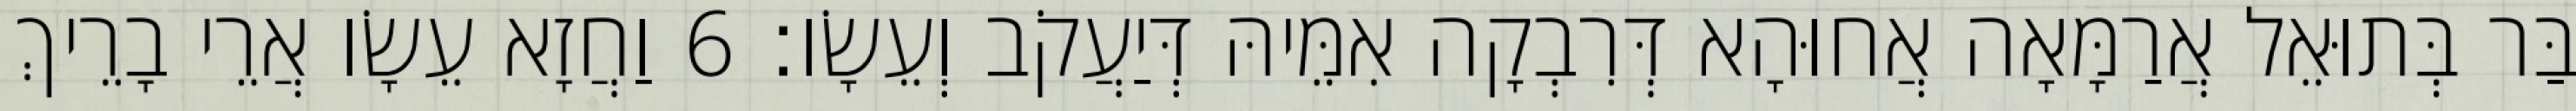
בַּר בְּתוּאֵל אֲרַמָּאָה אֲחוּהָא דְּרִבְקָה אִמֵּיהּ דְּיַעֲקֹב וְעֵשָׂו׃ 6 וַחֲזָא עֵשָׂו אֲרֵי בָרֵיךְ